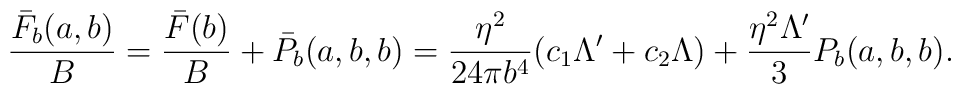
\frac{\bar F_{b}(a,b)}{B}=\frac{\bar F(b)}{B}+\bar P_{b}(a,b,b)=\frac{\eta^{2}}{24\pi b^{4}}(c_{1}\Lambda'+c_{2}\Lambda)+\frac{\eta^{2}\Lambda'}{3}P_{b}(a,b,b).